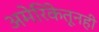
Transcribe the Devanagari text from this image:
अमेरिकेतूनही